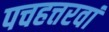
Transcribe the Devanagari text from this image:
पचहत्तरवां